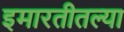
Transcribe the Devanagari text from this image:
इमारतीतल्या